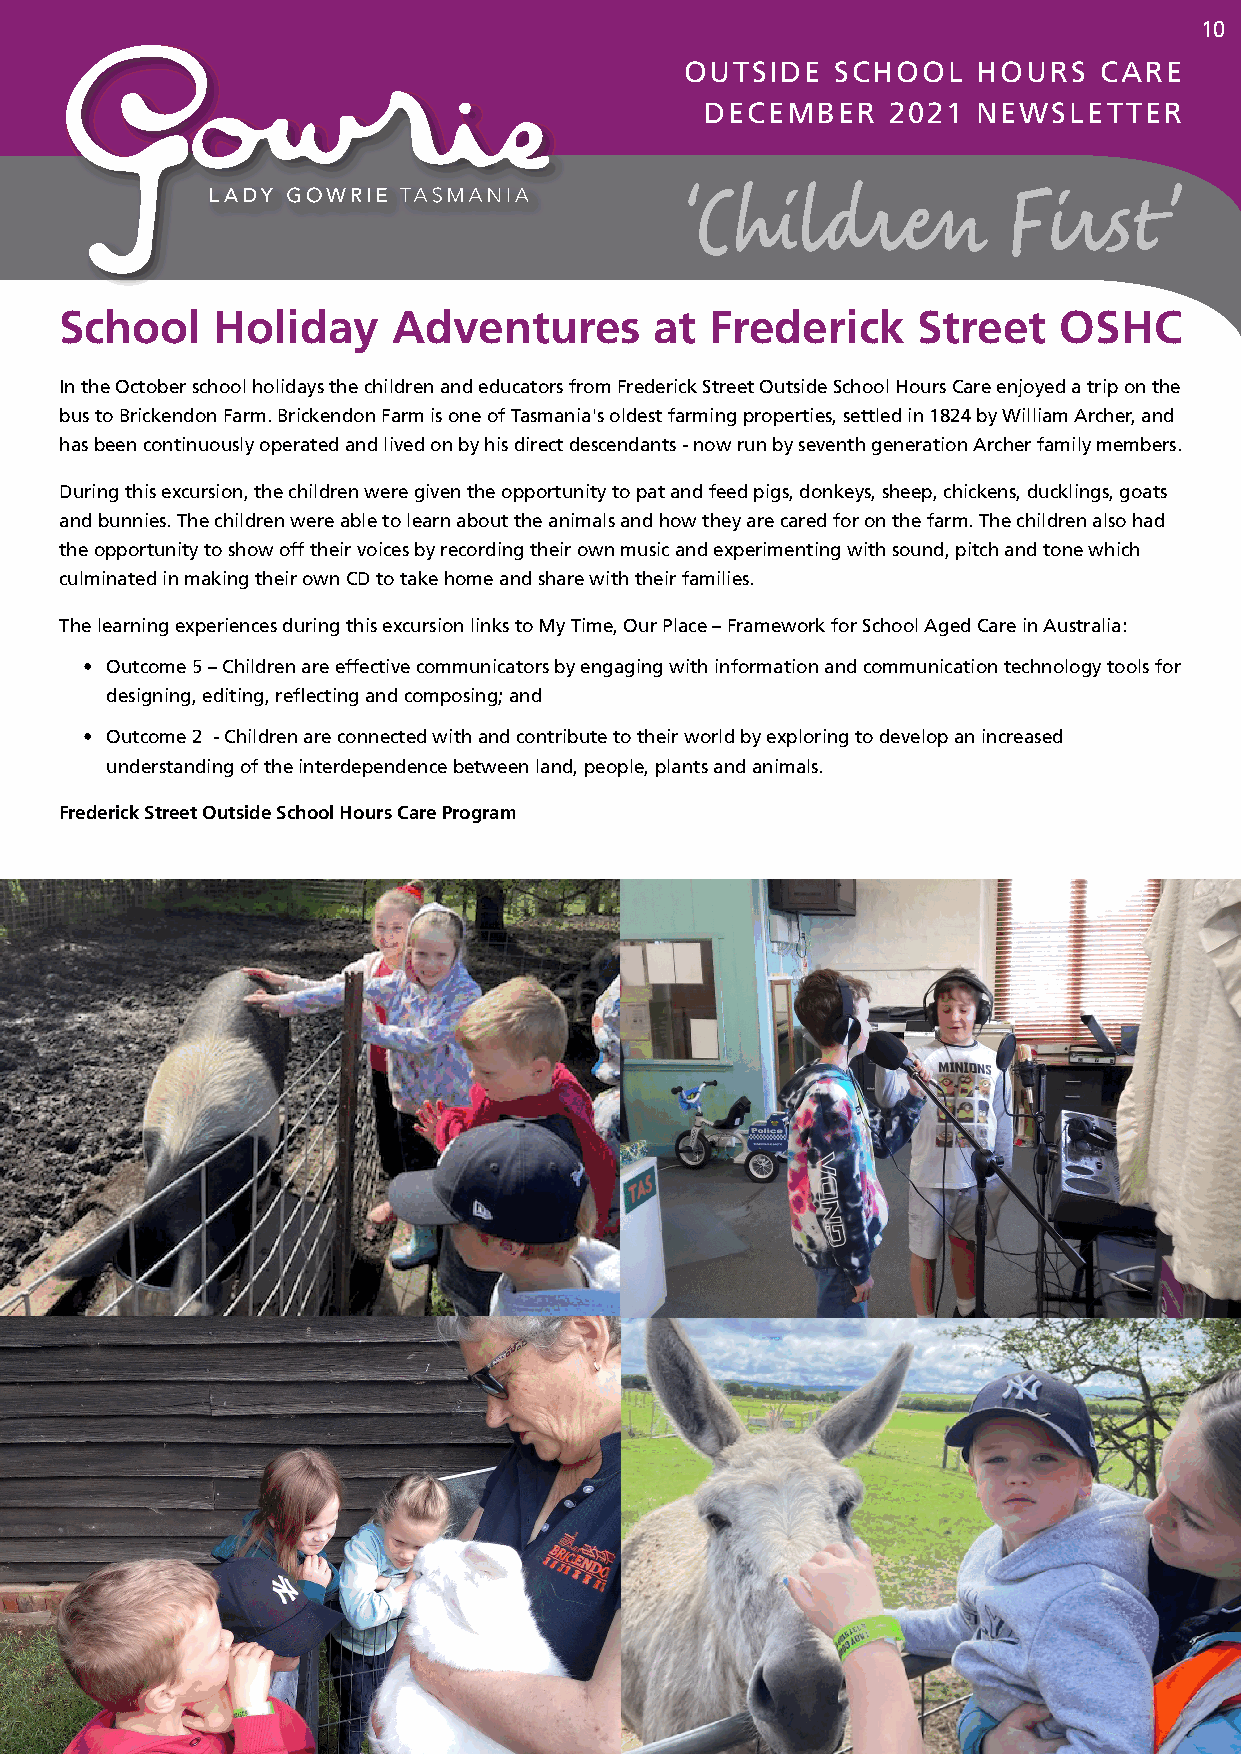
10
 OUTSIDE   SCHOOL    HOURS   CARE
 DECEMBER    2021  NEWSLETTER
 School    Holiday     Adventures       at  Frederick     Street   OSHC
 In the October school holidays the children and educators from Frederick Street Outside School Hours Care enjoyed a trip on the
 bus to Brickendon Farm� Brickendon Farm is one of Tasmania's oldest farming properties, settled in 1824 by William Archer, and
 has been continuously operated and lived on by his direct descendants - now run by seventh generation Archer family members�
 During this excursion, the children were given the opportunity to pat and feed pigs, donkeys, sheep, chickens, ducklings, goats
 and bunnies� The children were able to learn about the animals and how they are cared for on the farm� The children also had
 the opportunity to show off their voices by recording their own music and experimenting with sound, pitch and tone which
 culminated in making their own CD to take home and share with their families�
 The learning experiences during this excursion links to My Time, Our Place – Framework for School Aged Care in Australia:
 • Outcome 5 – Children are effective communicators by engaging with information and communication technology tools for
 designing, editing, reflecting and composing; and
 • Outcome 2 - Children are connected with and contribute to their world by exploring to develop an increased
 understanding of the interdependence between land, people, plants and animals�
 Frederick Street Outside School Hours Care Program